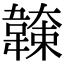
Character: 𩏖